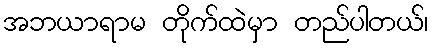
အဘယာရာမ တိုက်ထဲမှာ တည်ပါတယ်၊